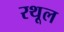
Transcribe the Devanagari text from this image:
रथूल